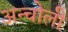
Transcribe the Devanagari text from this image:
अन्चोली